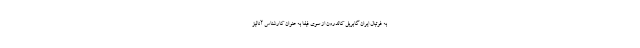
به فوتبال ایران گابریل کالدرون از سوی فیفا به عنوان کارشناس آنالیز